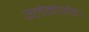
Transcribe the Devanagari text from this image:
ग्लेमोर्गन।